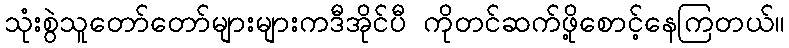
သုံးစွဲသူတော်တော်များများကဒီအိုင်ပီ ကိုတင်ဆက်ဖို့စောင့်နေကြတယ်။